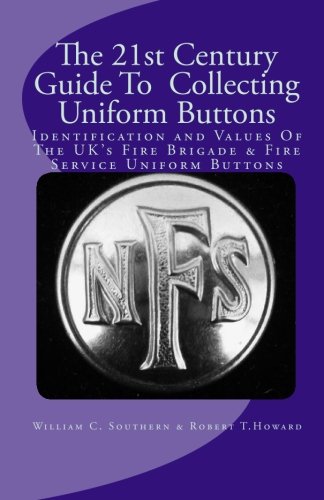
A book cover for The 21st Century Guide To  Collecting Uniform Buttons: Identification and Values Of The UK's Fire Brigade & Fire Service Uniform Buttons; William C Southern; Crafts, Hobbies & Home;